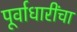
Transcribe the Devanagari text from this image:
पूर्वाधारींचा